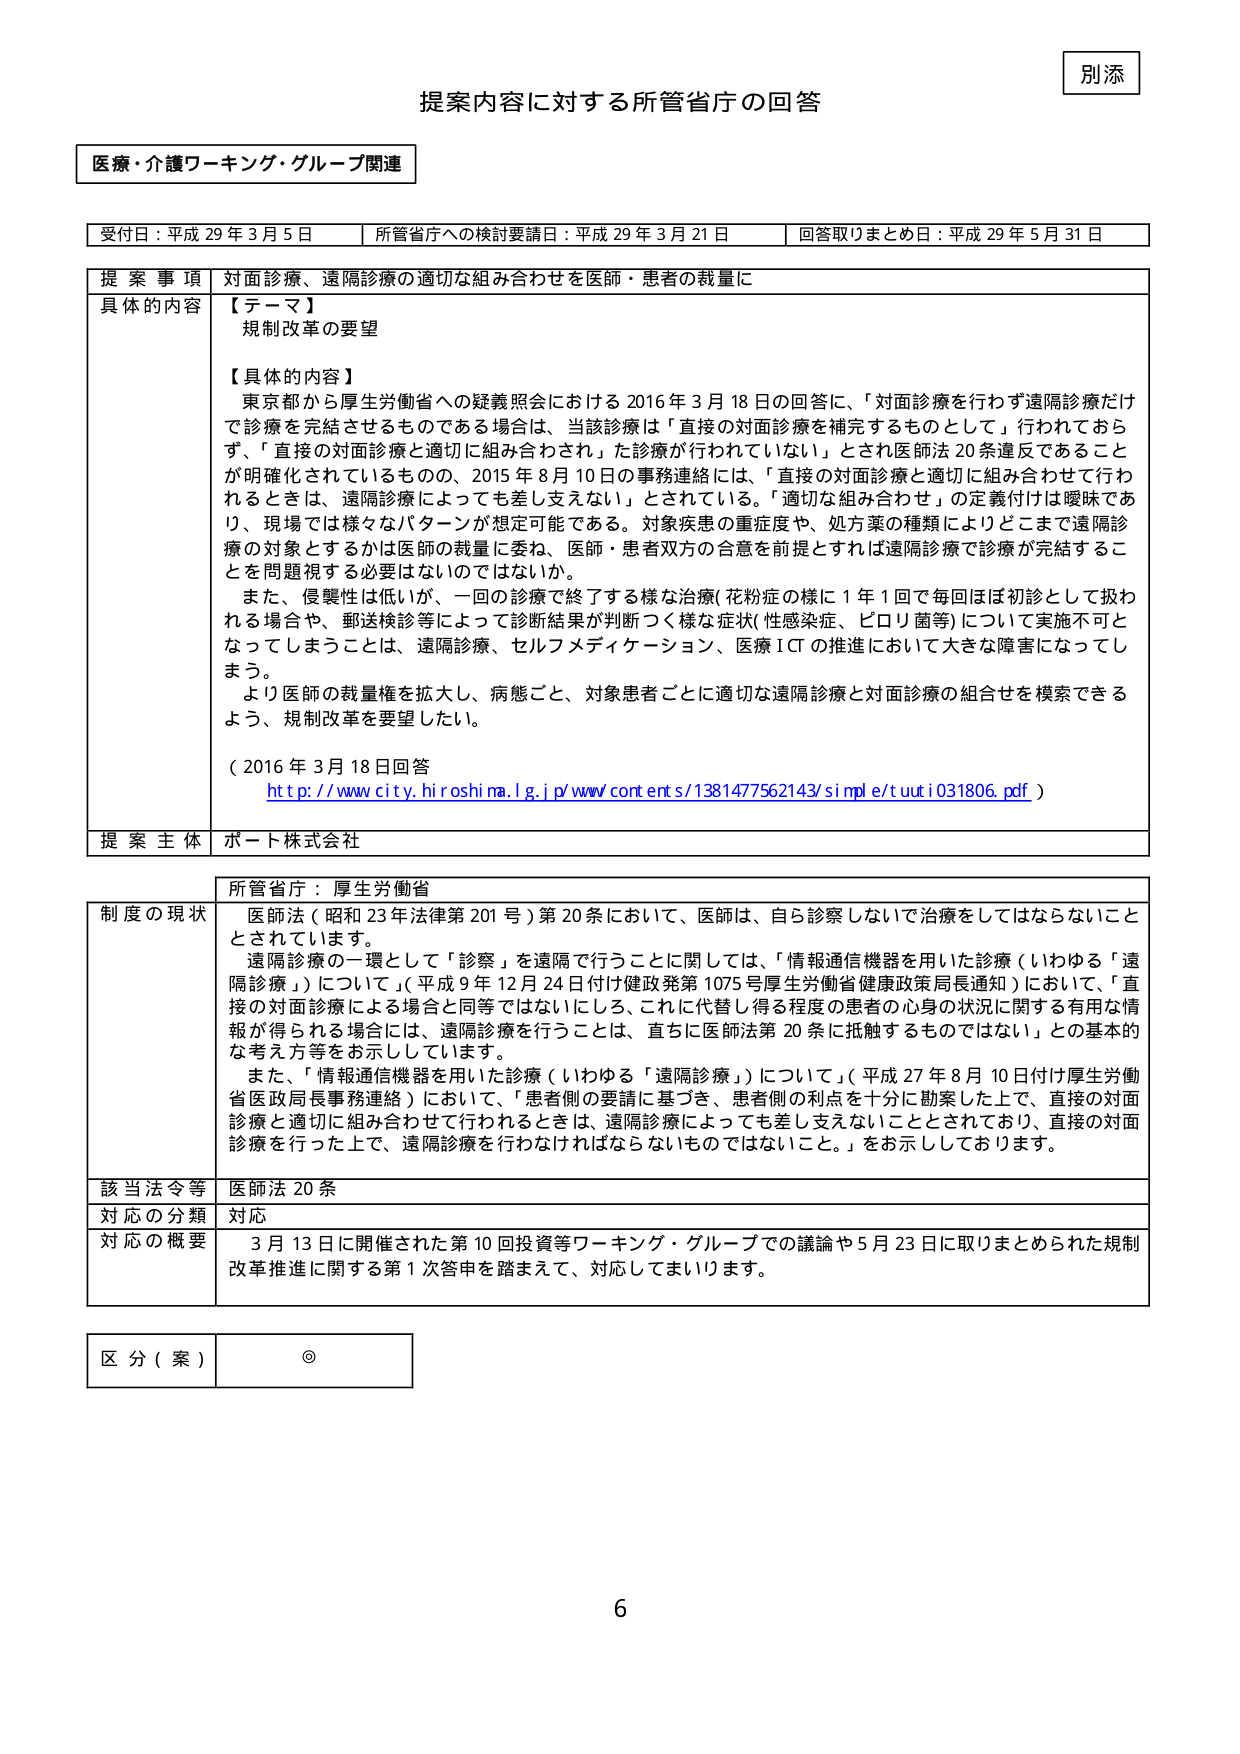
別添

提案内容に対する所管省庁の回答

医療・介護ワーキング・グループ関連

受付日：平成29年3月5日　　所管省庁への検討要請日：平成29年3月21日　　回答取りまとめ日：平成29年5月31日

提案事項　　対面診療、遠隔診療の適切な組み合わせを医師・患者の裁量に

具体的な内容　　【テーマ】
　　　　　　　　規制改革の要望

　　　　　　　　【具体的内容】
　　　　　　　　東京都から厚生労働省への疑義照会における2016年3月18日の回答に、「対面診療を行わず遠隔診療だけで診療を完結させるものである場合は、当該診療は「直接の対面診療を補完するものとして」行われておらず、「直接の対面診療と適切に組み合わされ」た診療が行われていない」とされ医師法20条違反であること が明確化されているものの、2015年8月10日の事務連絡には、「直接の対面診療と適切に組み合わせて行われるときは、遠隔診療によっても差し支えない」とされている。「適切な組み合わせ」の定義付けは曖昧であり、現場では様々なパターンが想定可能である。対象疾患の重症度や、処方薬の種類によりどこまで遠隔診療の対象とするかは医師の裁量に委ね、医師・患者双方の合意を前提とすれば遠隔診療で診療が完結することを問題視する必要はないのではなかいか。
　　　　　　　　また、侵襲性は低いが、一回の診療で終了する様な診療（花粉症の様に1年1回で毎回ほぼ初診として扱われる場合や、郵送検診等によって診断結果が判断つく様な症状（性感染症、ピロリ菌等）について実施不可となってしまうことは、遠隔診療、セルフメディケーション、医療ICTの推進において大きな障害となってしまう。
　　　　　　　　より医師の裁量権を拡大し、病態ごと、対象患者ごとに適切な遠隔診療と対面診療の組合せを模索できるよう、規制改革を要望したい。

　　　　　　　　（2016年3月18日回答
　　　　　　　　http://www.city.hiroshima.lg.jp/www/contents/1381477562143/simple/tuutio31806.pdf）

提案主体　　ポート株式会社

所管省庁：厚生労働省

制度の現状　　医師法（昭和23年法律第201号）第20条において、医師は、自ら診察しないで治療をしてはならないこととされています。
　　　　　　　　遠隔診療の一環として「診察」を遠隔で行うことに関しては、「情報通信機器を用いた診察（いわゆる「遠隔診療」）について」（平成9年12月24日付け健政発第1075号厚生労働省健康政策局長通知）において、「直接の対面診療による場合と同等ではないにしろ、これに代替し得る程度の患者の心身の状況に関する有用な情報が得られる場合には、遠隔診療を行うことは、直ちに医師法第20条に抵触するものではない」との基本的な考え方等をお示ししています。
　　　　　　　　また、「情報通信機器を用いた診療（いわゆる「遠隔診療」）について」（平成27年8月10日付け厚生労働省医政局長事務連絡）において、「患者側の要請に基づき、患者側の利点を十分に勘案した上で、直接の対面診療と適切に組み合わせて行われるときは、遠隔診療によっても差し支えないこととされており、直接の対面診療を行った上で、遠隔診療を行わなければならないものではないこと。」をお示ししております。

該当法令等　　医師法20条

対応の分類　　対応

対応の概要　　3月13日に開催された第10回投資等ワーキング・グループでの議論や5月23日に取りまとめられた規制改革推進に関する第1次答申を踏まえて、対応してまいります。

区分（案）　　◎

6